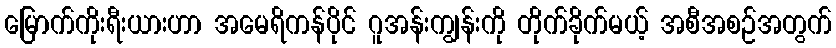
မြောက်ကိုးရီးယားဟာ အမေရိကန်ပိုင် ဂူအန်းကျွန်းကို တိုက်ခိုက်မယ့် အစီအစဉ်အတွက်